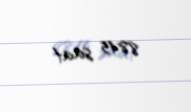
8845 saat